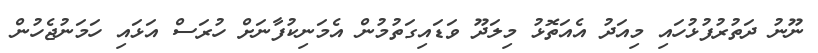
ނޫނު ދަތުރުފުޅުހައި މިއަދު އެއަތޮޅު މިލަދޫ ވަޑައިގަތުމުން އެމަނިކުފާނަށް ހުރަސް އަޅައި ހަމަނުޖެހުން